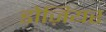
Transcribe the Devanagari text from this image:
डोज़ियर